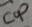
Text: Cop